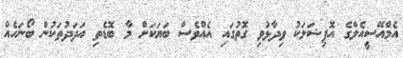
އެމްއޭސީއެލްގެ އޮފިޝަލަކު ވިދާޅުވި ގޮތުގައި އެއްވެސް ބަޔަކަށް މާ ބޮޑެތި އަދަދުތަކުން ބޯނަހެއް